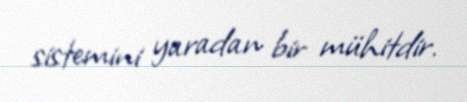
sistemini yaradan bir mühitdir.